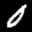
Label: 0